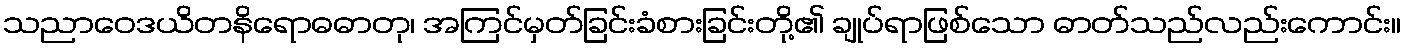
သညာဝေဒယိတနိရောဓဓာတု၊ အကြင်မှတ်ခြင်းခံစားခြင်းတို့၏ ချုပ်ရာဖြစ်သော ဓာတ်သည်လည်းကောင်း။